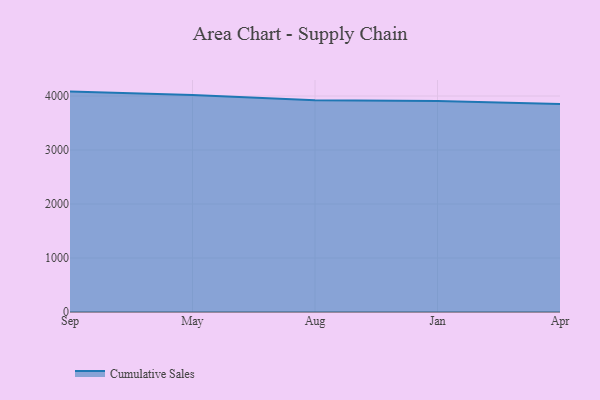
{"axis": {"x": "Month", "y": "Net Income (USD K)"}, "legend": ["Cumulative Sales"], "data": [{"x": "Sep", "y": 4081.7, "type": "Cumulative Sales"}, {"x": "May", "y": 4020.9, "type": "Cumulative Sales"}, {"x": "Aug", "y": 3923.4, "type": "Cumulative Sales"}, {"x": "Jan", "y": 3906.2, "type": "Cumulative Sales"}, {"x": "Apr", "y": 3850.6, "type": "Cumulative Sales"}]}